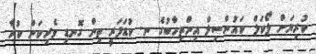
ކުރިޔަށް ލޯކަލް ކައުންސިލް އިންތިހާބުގެ ނ. ކުޑަފަރީ ތިން ގޮނޑި ވެރިކަން ކުރާ